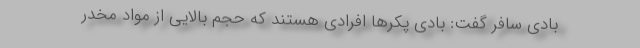
بادی سافر گفت: بادی پکرها افرادی هستند که حجم بالایی از مواد مخدر